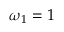
\omega _ { 1 } = 1